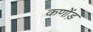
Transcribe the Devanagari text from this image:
कणोंड़